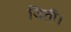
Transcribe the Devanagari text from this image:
जिती।